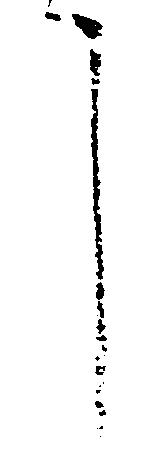
言